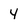
Character: 4